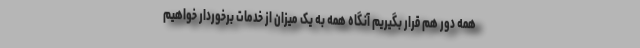
همه دور هم قرار بگیریم آنگاه همه به یک میزان از خدمات برخوردار خواهیم